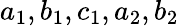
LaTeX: a_{1},b_{1},c_{1},a_{2},b_{2}